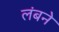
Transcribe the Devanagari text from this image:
लंबने